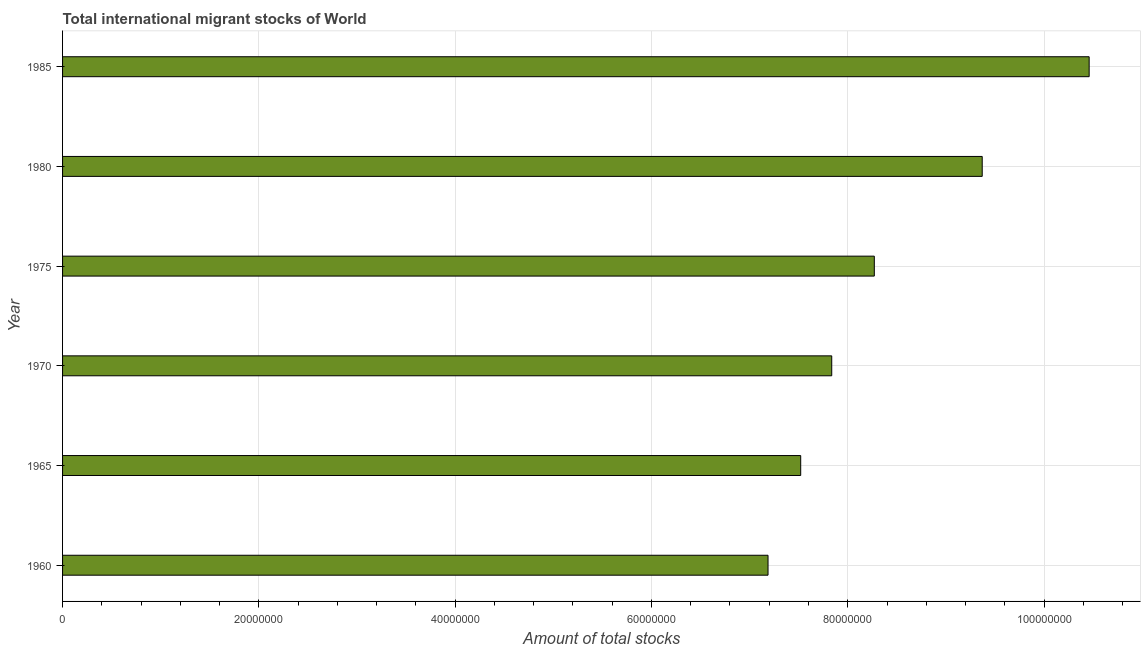
| Year | International migrant stock |
 | --- | --- |
 | 1960 | 7.19e+07 |
 | 1965 | 7.52e+07 |
 | 1970 | 7.84e+07 |
 | 1975 | 8.27e+07 |
 | 1980 | 9.37e+07 |
 | 1985 | 1.05e+08 |